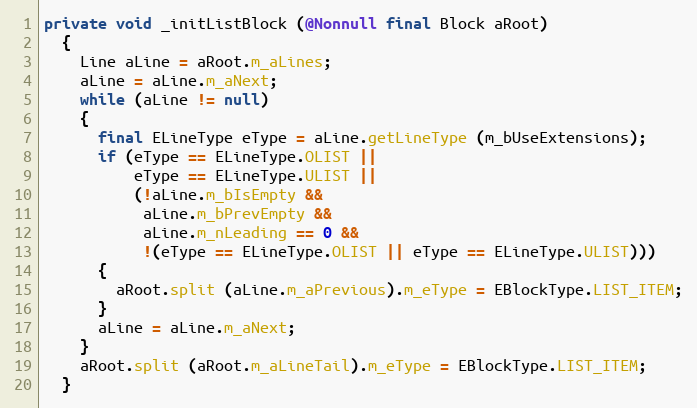
Language: Java
private void _initListBlock (@Nonnull final Block aRoot)
  {
    Line aLine = aRoot.m_aLines;
    aLine = aLine.m_aNext;
    while (aLine != null)
    {
      final ELineType eType = aLine.getLineType (m_bUseExtensions);
      if (eType == ELineType.OLIST ||
          eType == ELineType.ULIST ||
          (!aLine.m_bIsEmpty &&
           aLine.m_bPrevEmpty &&
           aLine.m_nLeading == 0 &&
           !(eType == ELineType.OLIST || eType == ELineType.ULIST)))
      {
        aRoot.split (aLine.m_aPrevious).m_eType = EBlockType.LIST_ITEM;
      }
      aLine = aLine.m_aNext;
    }
    aRoot.split (aRoot.m_aLineTail).m_eType = EBlockType.LIST_ITEM;
  }